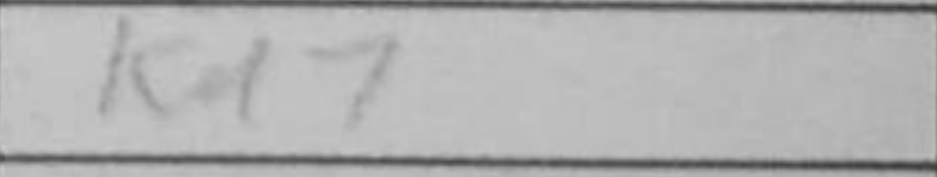
Transcription: Kd7